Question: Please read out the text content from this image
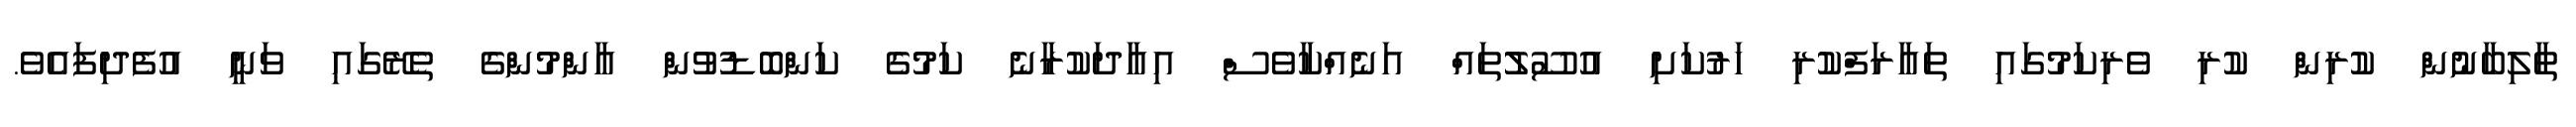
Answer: ތާލިބާނުން ކުރިން ކުރި ވެރިކަމުގައި ތައާރަފްކުރި ހަރުކަށި އުސޫލުތައް އަނެއްކާވެސް އިއާދަކުރާނެ ކަމުގެ ކަންބޮޑުވުން އާންމުންގެ ތެރޭގައި ވަނީ އުފެދިފައެވެ.